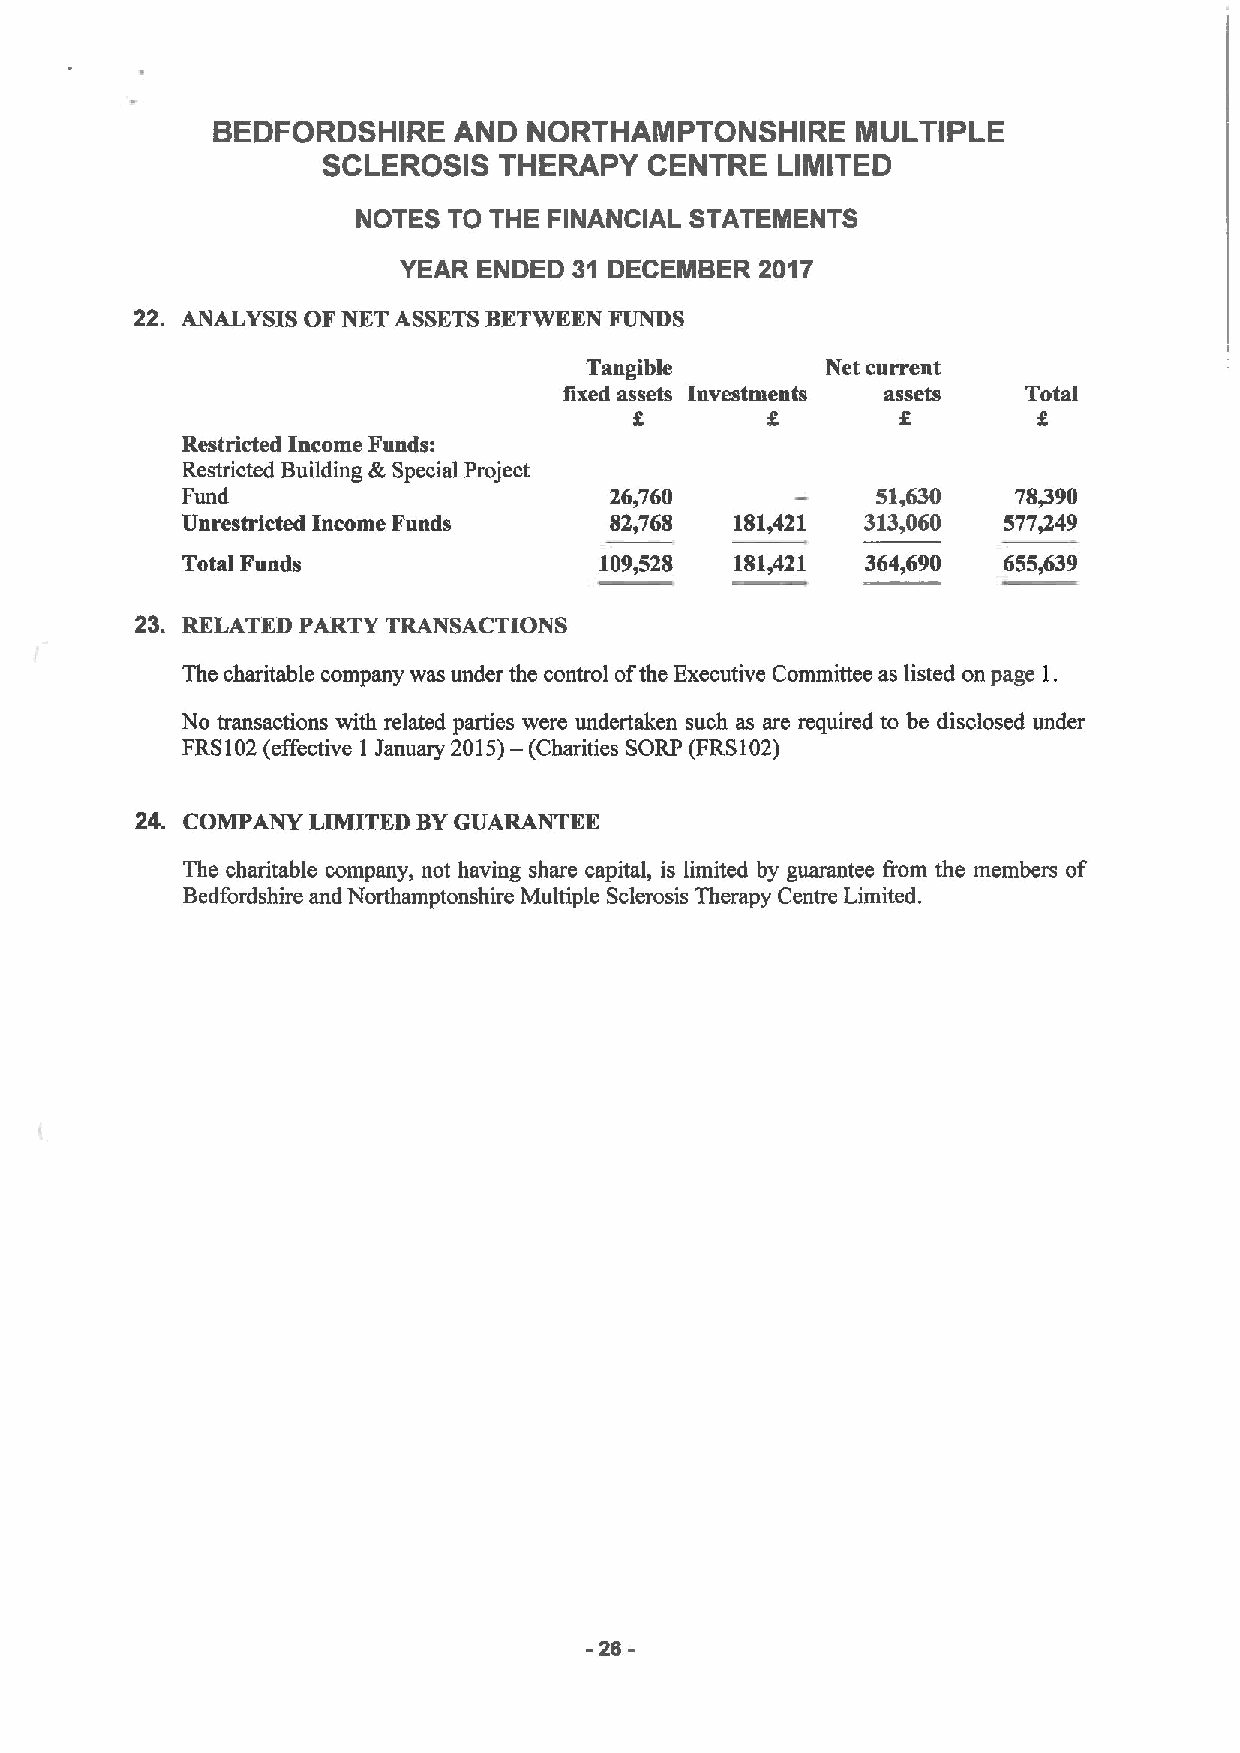
BEDFORDSHIRE    AND  NORTHAMPTONSHIRE      MULTIPLE
 SCLEROSIS   THERAPY   CENTRE  LIMITED
 NOTES TO THE FINANCIAL STATEMENTS
 YEAR  ENDED 31 DECEMBER 2017
 22. ANALYSIS OF NET ASSETSBETWEEN FUNDS
 Tangible        Net current
 fixed assets Investments assets Total
 6                 6
 Restricted Income Fundsi
 Restricted Building &Special Project
 Fund                        269760            51,630   78,390
 Unrestricted Income Funds   82,768   181,421 313,060  577,249
 Total Fuads                 109,528  181,421 364,690  655,639
 23. RELATED PARTY TRANSACTIONS
 The charitable company was under the control ofthe Executive Committee as listed on page 1.
 No transactions with related parties were undertaken such as are required to be disclosed under
 FRS102(effective 1 January 2015)— (Charities SORP (FRS102)
 24. COMPANY LIMITED BYGUARANTEE
 The charitable company, not having share capital, is limited by guarantee from the members of
 Bedfordshire and Northamptonshire Multiple Sclerosis Therapy Centre Limited.
 -26-